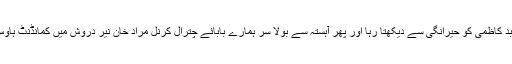
میس حوالدار خاموش کھڑا کرنل عابد کاظمی کو حیرانگی سے دیکھتا رہا اور پھر آہستہ سے بولا سر ہمارے بابائے چترال کرنل مراد خان نیر دروش میں کمانڈنٹ ہاوس کے باہر ایک پلاٹ میں دفن ہیں ۔